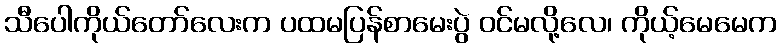
သီပေါကိုယ်တော်လေးက ပထမပြန်စာမေးပွဲ ဝင်မလို့လေ၊ ကိုယ့်မေမေက